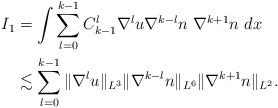
LaTeX: \begin{align*}\begin{aligned}I_1&=\int\sum_{l=0}^{k-1} C_{k-1}^l \nabla^{l} u \nabla^{k-l}n\ \nabla^{k+1} n \ dx\\&\lesssim \sum_{l=0}^{k-1} \|\nabla^{l} u\|_{L^3} \|\nabla^{k-l} n\|_{L^6} \|\nabla^{k+1} n \|_{L^2}.\end{aligned}\end{align*}